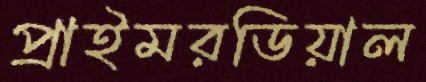
প্রাইমরডিয়াল